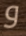
و